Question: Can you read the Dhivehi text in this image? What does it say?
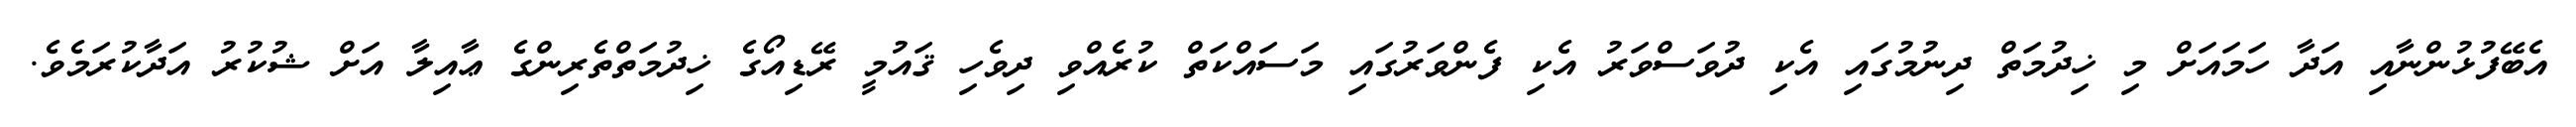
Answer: އެބޭފުޅުންނާއި އަދާ ހަމައަށް މި ޚިދުމަތް ދިނުމުގައި އެކި ދުވަސްވަރު އެކި ފެންވަރުގައި މަސައްކަތް ކުރެއްވި ދިވެހި ޤައުމީ ރޭޑިއޯގެ ޚިދުމަތްތެރިންގެ ޢާއިލާ އަށް ޝުކުރު އަދާކުރަމެވެ.